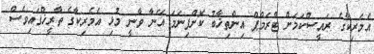
އެމެރިކާގެ ރައީސްކަމަށް ޓްރަމްޕް އިންތިޚާބު ކޮށްފިނަމަ އޭނާ ވާނީ މުޅި އެމެރިކާގެ ތާރީޚްގައިވެސް